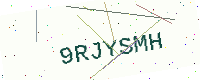
Text: 9RJYSMH